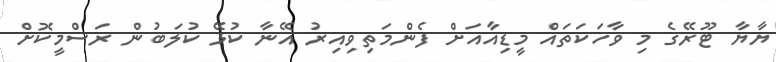
ޔާޔާ ޓޫރޭގެ މި ވާހަކަތައް މީޑިއާއަށް ފެންމަތިވިއިރު އޭނާ ކުޅޭ ކުލަބުން ރަސްމީކޮށް